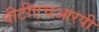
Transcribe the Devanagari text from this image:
पीटीएचआरपी